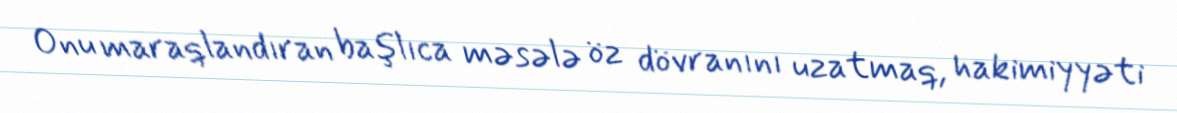
Onu maraqlandıran başlıca məsələ öz dövranını uzatmaq, hakimiyyəti